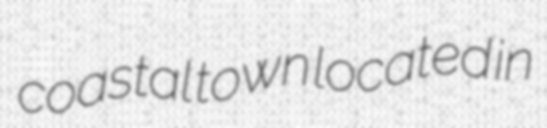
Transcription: coastal town located in